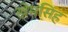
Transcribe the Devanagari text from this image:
खेमसिंह